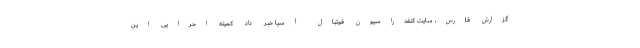
گزارش فارس، سایت کنفدراسیون فوتبال آسیا خبر داد کمیته اجرایی این